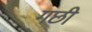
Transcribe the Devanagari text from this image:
गछी